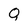
Character: Q